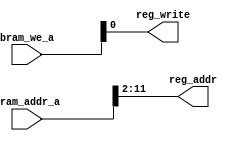

module dma_mmio_wrapper (
	input  [ 3:0]    bram_we_a,
	input  [11:0]    bram_addr_a,

	output [ 9:0]    reg_addr,
	output [ 0:0]    reg_write
);

assign  reg_addr  = bram_addr_a[11:2];
assign  reg_write = bram_we_a[0];

endmodule